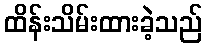
ထိန်းသိမ်းထားခဲ့သည်